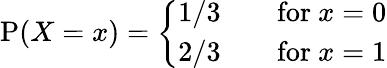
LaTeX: \operatorname{P}(X=x)={\left\{ \begin{array}{ll}{1/3}&{\quad{\mathrm{for~}}x=0}\\ {2/3}&{\quad{\mathrm{for~}}x=1}\end{array}\right.}